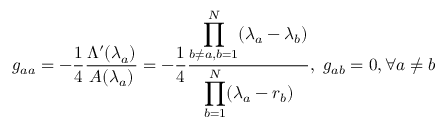
g _ { a a } = - \frac { 1 } { 4 } \frac { \Lambda ^ { \prime } ( \lambda _ { a } ) } { A ( \lambda _ { a } ) } = - \frac { 1 } { 4 } \frac { \displaystyle \prod _ { b \neq a , b = 1 } ^ { N } ( \lambda _ { a } - \lambda _ { b } ) } { \displaystyle \prod _ { b = 1 } ^ { N } ( \lambda _ { a } - r _ { b } ) } , \ g _ { a b } = 0 , \forall a \neq b